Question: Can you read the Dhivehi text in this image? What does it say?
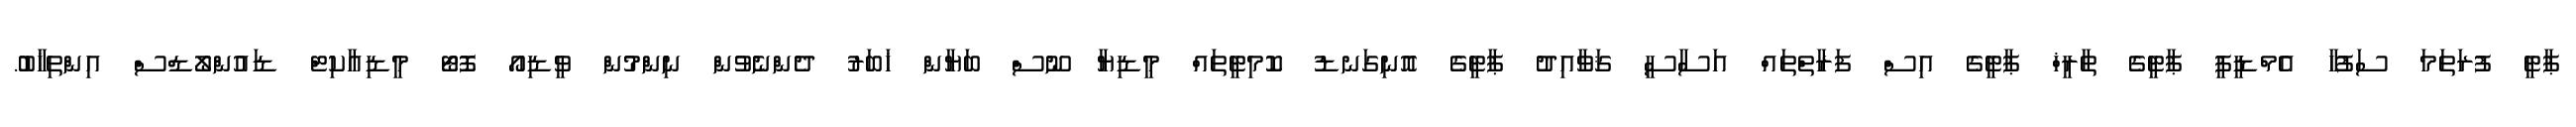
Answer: ޕާޓީ ފުރަތަމަ ސަފުހާ އެމްޑީޕީ ޕާޓީގެ ތާރީޚް ޕާޓީގެ އިސް ފަރާތްތައް އަސާސީ ޤަވާއިދު ޕާޓީގެ އޮނިގަނޑު ކޮމިޓީތައް މީޑިޔާ ނޫސް ބަޔާން ޚަބަރު ދެންނެވުން ނިންމުން ވީޑިއޯ ފޮޓޯ މީޑިއާކިޓް ޑައުންލޯޑްސް އިންތިޚާބު.